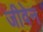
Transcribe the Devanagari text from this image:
जीवेन